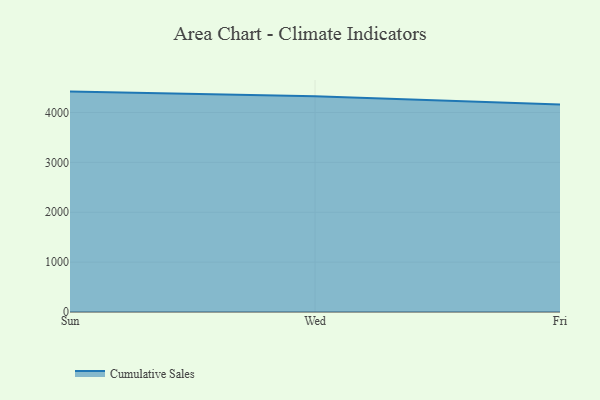
{"axis": {"x": "Day", "y": "LTV (USD)"}, "legend": ["Cumulative Sales"], "data": [{"x": "Sun", "y": 4419.1, "type": "Cumulative Sales"}, {"x": "Wed", "y": 4324.4, "type": "Cumulative Sales"}, {"x": "Fri", "y": 4161.4, "type": "Cumulative Sales"}]}